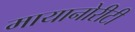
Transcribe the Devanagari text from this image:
मायानोरीटी